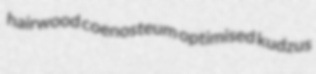
hairwood coenosteum optimised kudzus